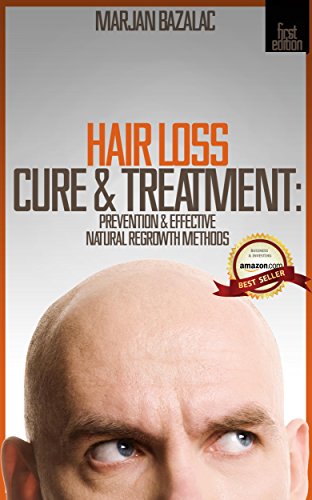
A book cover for Hair Loss Cure & Treatment: Prevention & Effective Natural Regrowth Methods (Hair Loss Prevention, Hair Loss Treatment, Hair Loss Cure, Hair Loss For Men, Hair Regrowth, Self Help); Marjan Bazalac M.D.; Health, Fitness & Dieting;